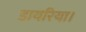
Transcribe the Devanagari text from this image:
डायरिया।